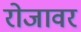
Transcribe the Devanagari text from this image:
रोजावर